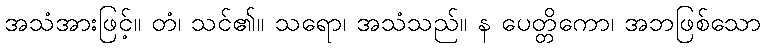
အသံအားဖြင့်။ တံ၊ သင်၏။ သရော၊ အသံသည်။ န ပေတ္တိကော၊ အဘဖြစ်သော